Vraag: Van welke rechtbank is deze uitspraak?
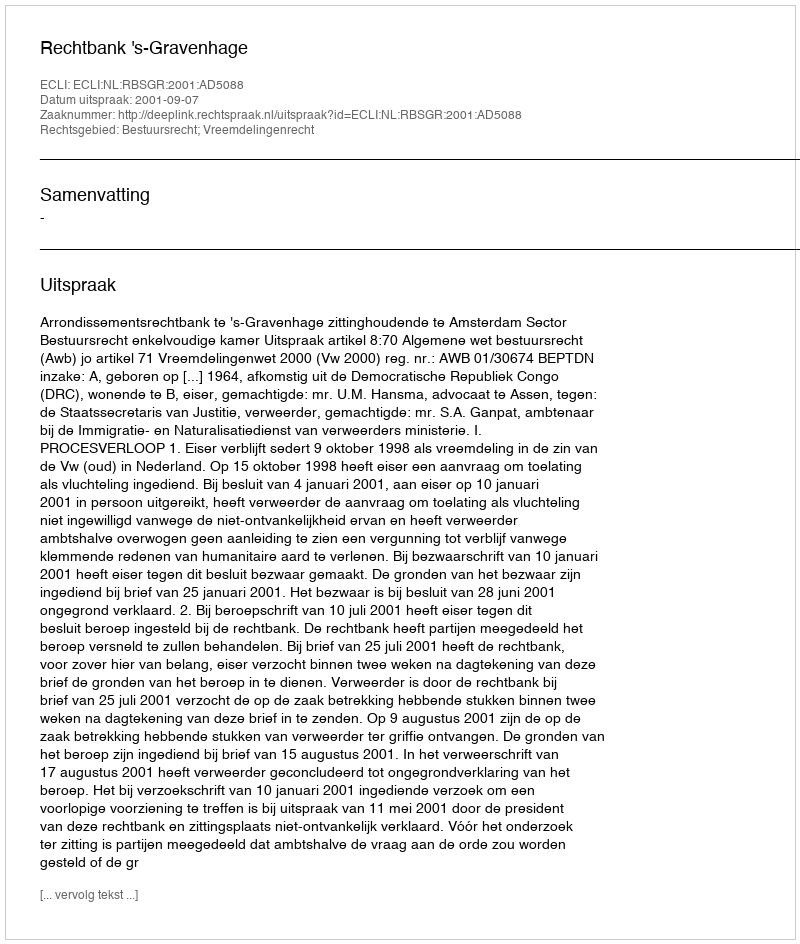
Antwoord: Rechtbank 's-Gravenhage